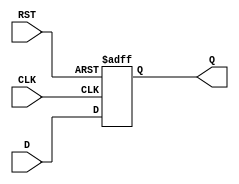
module StoreRegister #(
    parameter n = 8  // Parameter for the width of the register, default is 8 bits
)(
    input  wire [n-1:0] D,    // Data input
    input  wire CLK,           // Clock input
    input  wire RST,           // Asynchronous reset input
    output reg  [n-1:0] Q      // Data output
);

    // Always block triggered by the clock and reset signals
    always @(posedge CLK or posedge RST) begin
        if (RST) begin
            Q <= {n{1'b0}}; // Reset Q to 0 (n bits)
        end else begin
            Q <= D; // Store the input data D into Q
        end
    end

endmodule